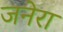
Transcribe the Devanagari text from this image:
जनेरा